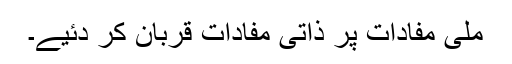
مِلّی مفادات پر ذاتی مفادات قربان کر دئیے۔